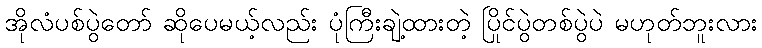
အိုလံပစ်ပွဲတော် ဆိုပေမယ့်လည်း ပုံကြီးချဲ့ထားတဲ့ ပြိုင်ပွဲတစ်ပွဲပဲ မဟုတ်ဘူးလား